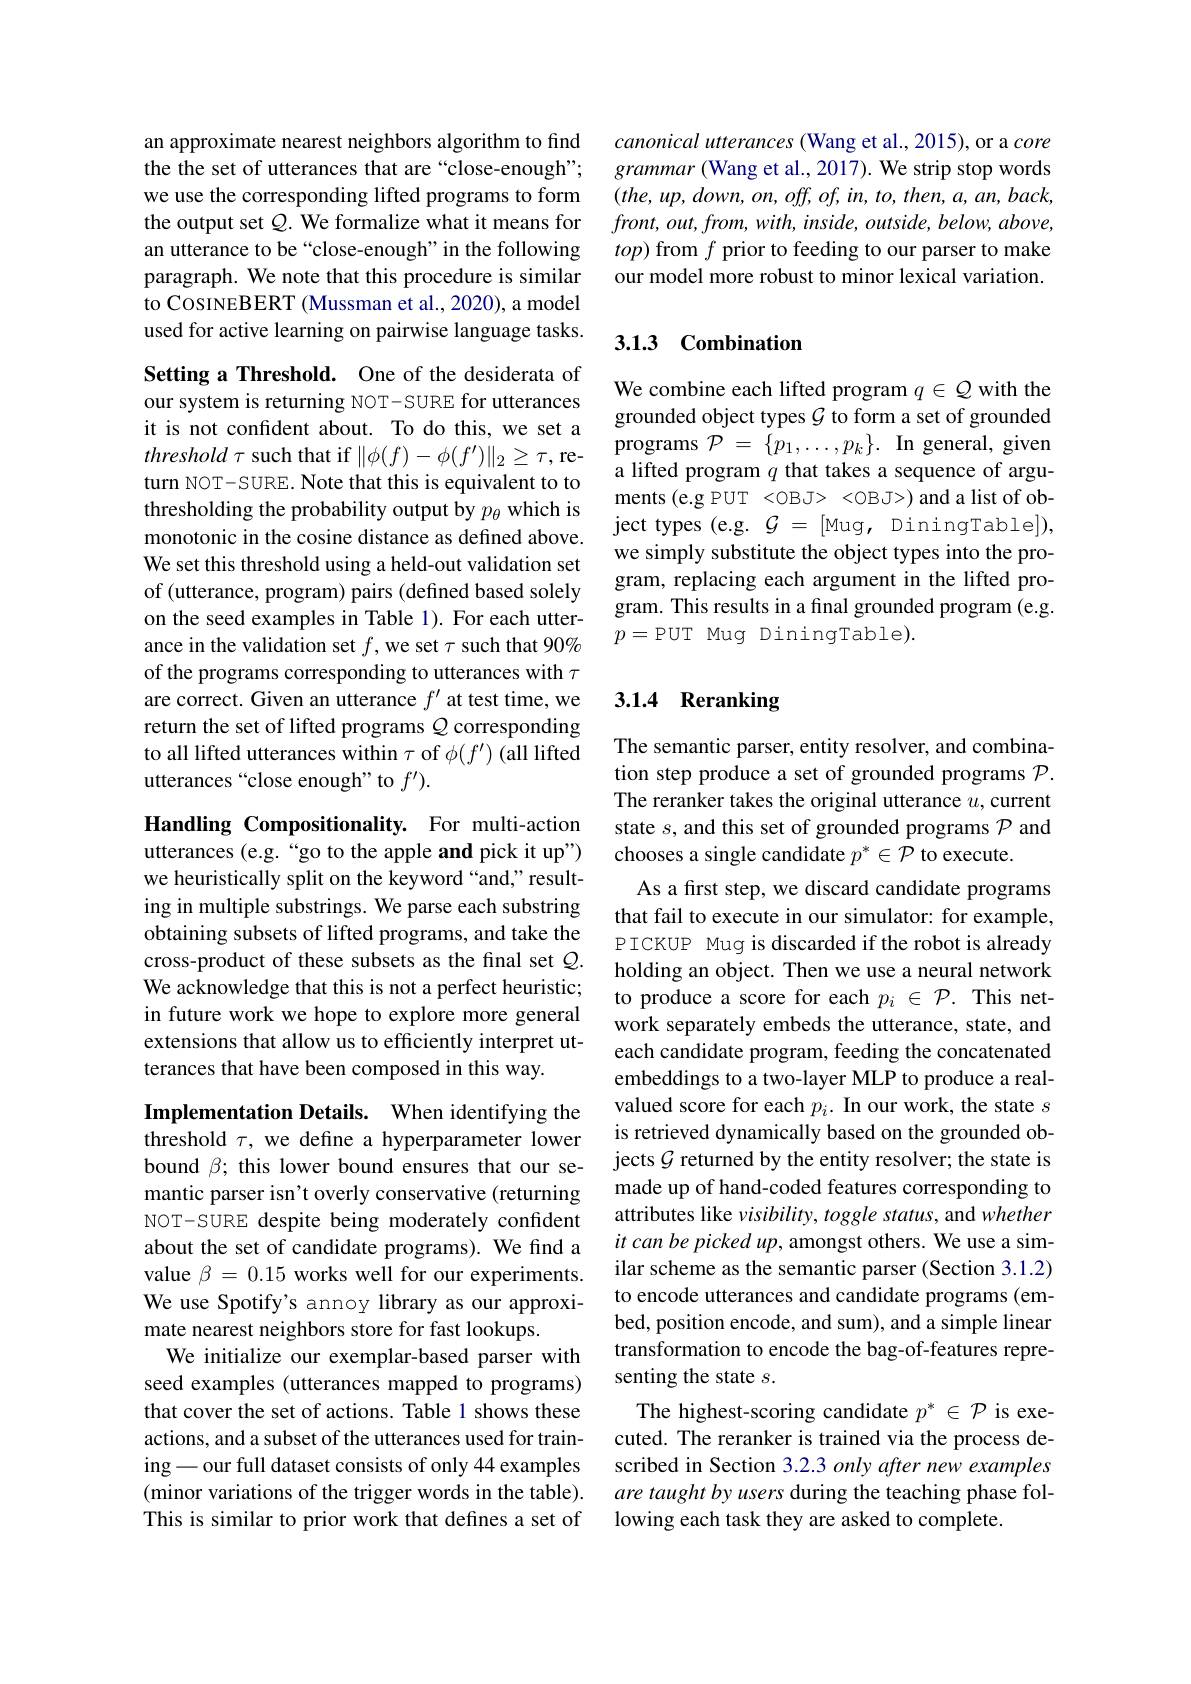
an approximate nearest neighbors algorithm to find the the set of utterances that are “close-enough”; we use the corresponding lifted programs to form the output set $Q.$ We formalize what it means for an utterance to be “close-enough”in the following paragraph. We note that this procedure is similar to CosINEBERT (Mussman et al., 2020), a model used for active learning on pairwise language tasks.

Setting a Threshold. One of the desiderata of our system is returning NOT-SURE for utterances it is not confident about. To do this, we set a $threshold\tau$ such that if $\|\phi(f)-\phi(f^{\prime})\|_2\geq\tau$,return NOT-SURE. Note that this is equivalent to to thresholding the probability output by $p_\theta$ which is monotonic in the cosine distance as defined above. We set this threshold using a held-out validation set of (utterance, program) pairs (defined based solely on the seed examples in Table 1). For each utterance in the validation set $f$,we set $\tau$ such that 90% of the programs corresponding to utterances with $\tau$ are correct. Given an utterance $f^\prime$ at test time, we return the set of lifted programs $Q$ corresponding to all lifted utterances within $\tau$ of $\phi(f^\prime)$ (all lifted utterances “close enough” to $f^\prime).$

Handling Compositionality. For multi-action utterances (e.g.“go to the apple and pick it up") we heuristically split on the keyword “and,”resulting in multiple substrings. We parse each substring obtaining subsets of lifted programs, and take the cross-product of these subsets as the final set $\mathcal{Q}.$ We acknowledge that this is not a perfect heuristic; in future work we hope to explore more general extensions that allow us to efficiently interpret utterances that have been composed in this way.

Implementation Details. When identifying the threshold $\tau$, we define a hyperparameter lower bound $\beta;$ this lower bound ensures that our semantic parser isn't overly conservative (returning NOT-SURE despite being moderately confident about the set of candidate programs). We find a value $\beta=0.15$ works well for our experiments. We use Spotify's annoy library as our approximate nearest neighbors store for fast lookups.
We initialize our exemplar-based parser with seed examples (utterances mapped to programs) that cover the set of actions. Table 1 shows these actions, and a subset of the utterances used for training -our full dataset consists of only 44 examples (minor variations of the trigger words in the table). This is similar to prior work that defines a set of

canonical utterances (Wang et al., 2015), or a core $grammar\left(\mathrm{Wang~et~al.,~2017}\right).$ We strip stop words $(the,up,down,on,off,of,in,to,then,a,an,back$, $front,out,from,with,inside,outside,below,above$, $top)$ from $f$ prior to feeding to our parser to make our model more robust to minor lexical variation.

## 3.13 Combination

We combine each lifted program $q\in\mathcal{Q}$ with the grounded object types $\mathcal{G}$ to form a set of grounded programs $\mathcal{P}=\{p_1,\ldots,p_k\}.$ In general, given a lifted program $q$ that takes a sequence of arguments (e.g PUT <OBJ> <OBJ>) and a list of object types (e.g. $\mathcal{G}=[$Mug, DiningTable]), we simply substitute the object types into the program, replacing each argument in the lifted program. This results in a final grounded program (e.g. $p=$PUT Mug DiningTable).

## 3.1.4 Reranking

The semantic parser, entity resolver, and combination step produce a set of grounded programs $\mathcal{P}.$ The reranker takes the original utterance $u$,current state $s$, and this set of grounded programs $\mathcal{P}$ and chooses a single candidate $p^*\in\mathcal{P}$ to execute.
As a first step, we discard candidate programs that fail to execute in our simulator: for example, P ICKUP Mug is discarded if the robot is already holding an object. Then we use a neural network to produce a score for each $p_i\in\mathcal{P}.$ This network separately embeds the utterance, state, and each candidate program, feeding the concatenated embeddings to a two-layer MLP to produce a realvalued score for each $p_i.$ In our work, the state $s$ is retrieved dynamically based on the grounded objects $\mathcal{G}$ returned by the entity resolver; the state is made up of hand-coded features corresponding to attributes like visibility, toggle status, and whether it can be picked up, amongst others. We use a similar scheme as the semantic parser (Section 3.1.2) to encode utterances and candidate programs (embed, position encode, and sum), and a simple linear transformation to encode the bag-of-features representing the state $s.$
The highest-scoring candidate $p^*\in\mathcal{P}$ is executed. The reranker is trained via the process described in Section 3.2.3 only after new examples are taught by users during the teaching phase following each task they are asked to complete.